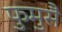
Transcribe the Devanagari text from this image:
फुमुसै